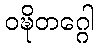
ဝဍ္ဎိတဂ္ဂေါ